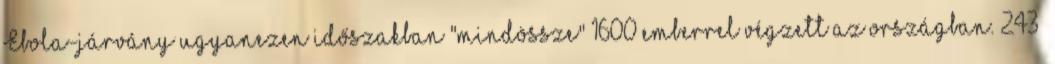
Ebola-járvány ugyanezen időszakban "mindössze" 1600 emberrel végzett az országban. 243